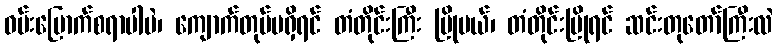
ဝမ်းမြောက်စရာပါပဲ၊ ကျောက်တုပ်မရှိရင် တံတိုင်းကြီး ပြိုမယ်၊ တံတိုင်းပြိုရင် ဆင်းတုတော်ကြီးလဲ